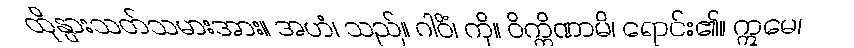
ထိုနွားသတ်သမားအား။ အဟံ၊ သည်။ ဂါဝိံ၊ ကို။ ဝိက္ကိဏာမိ၊ ရောင်း၏။ ဣမေ၊